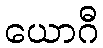
ယောဂီ